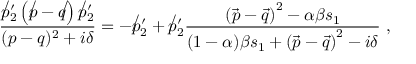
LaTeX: \frac { \not p _ { 2 } ^ { \prime } \left( \not p - \not q \right) \not p _ { 2 } ^ { \prime } } { ( p - q ) ^ { 2 } + i \delta } = - \not p _ { 2 } ^ { \prime } + \not p _ { 2 } ^ { \prime } \frac { \left( \vec { p } - \vec { q } \right) ^ { 2 } - \alpha \beta s _ { 1 } } { ( 1 - \alpha ) \beta s _ { 1 } + \left( \vec { p } - \vec { q } \right) ^ { 2 } - i \delta } ~ ,